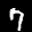
Digit: 7